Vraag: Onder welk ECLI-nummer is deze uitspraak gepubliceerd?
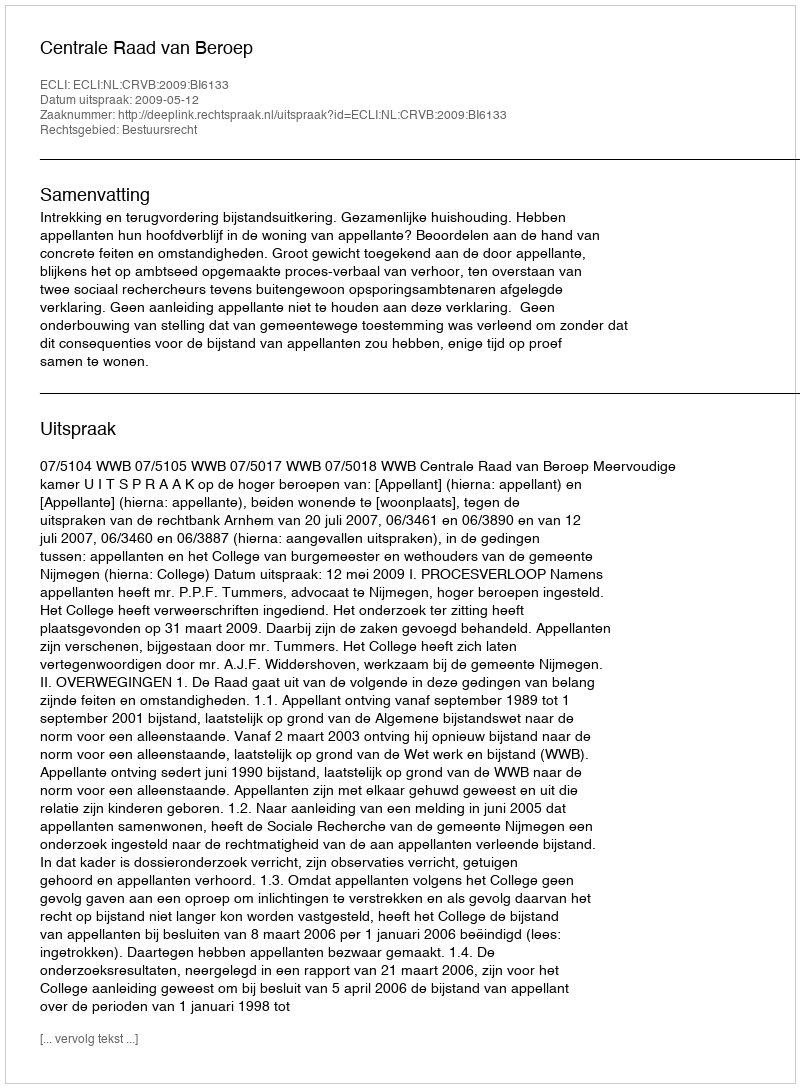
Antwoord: ECLI:NL:CRVB:2009:BI6133